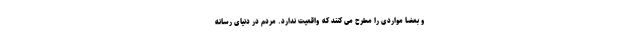
و بعضا مواردی را مطرح می کنند که واقعیت ندارد. مردم در دنیای رسانه